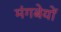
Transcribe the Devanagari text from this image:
मंगबेयों